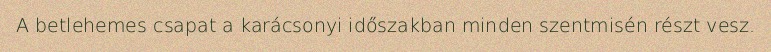
A betlehemes csapat a karácsonyi időszakban minden szentmisén részt vesz.